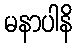
မနာပါနိ